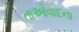
તાઓવાદના